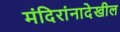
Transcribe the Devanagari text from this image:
मंदिरांनादेखील